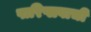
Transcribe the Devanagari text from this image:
पारिप्लवाची